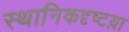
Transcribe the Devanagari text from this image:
स्थानिकदृष्टय़ा